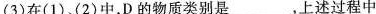
（3）在（1）、（2）中，D的物质类别是___,上述过程中